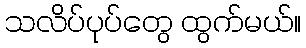
သလိပ်ပုပ်တွေ ထွက်မယ်။